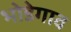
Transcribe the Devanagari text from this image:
भोडेगाव